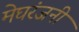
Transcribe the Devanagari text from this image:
मेघरंजनी